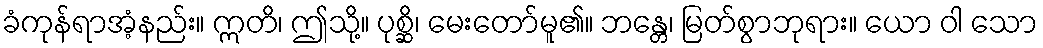
ခံကုန်ရာအံ့နည်း။ ဣတိ၊ ဤသို့။ ပုစ္ဆိ၊ မေးတော်မူ၏။ ဘန္တေ၊ မြတ်စွာဘုရား။ ယော ဝါ သော